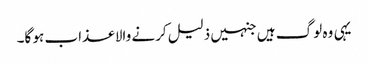
یہی وہ لوگ ہیں جنہیں ذلیل کرنے والا عذاب ہو گا۔